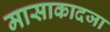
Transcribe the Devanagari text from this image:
मासाकादजा